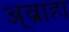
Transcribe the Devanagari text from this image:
अ्व्राहा